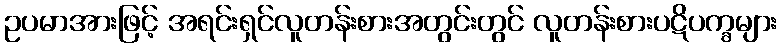
ဥပမာအားဖြင့် အရင်းရှင်လူတန်းစားအတွင်းတွင် လူတန်းစားပဋိပက္ခများ